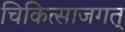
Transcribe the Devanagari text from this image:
चिकित्साजगत्